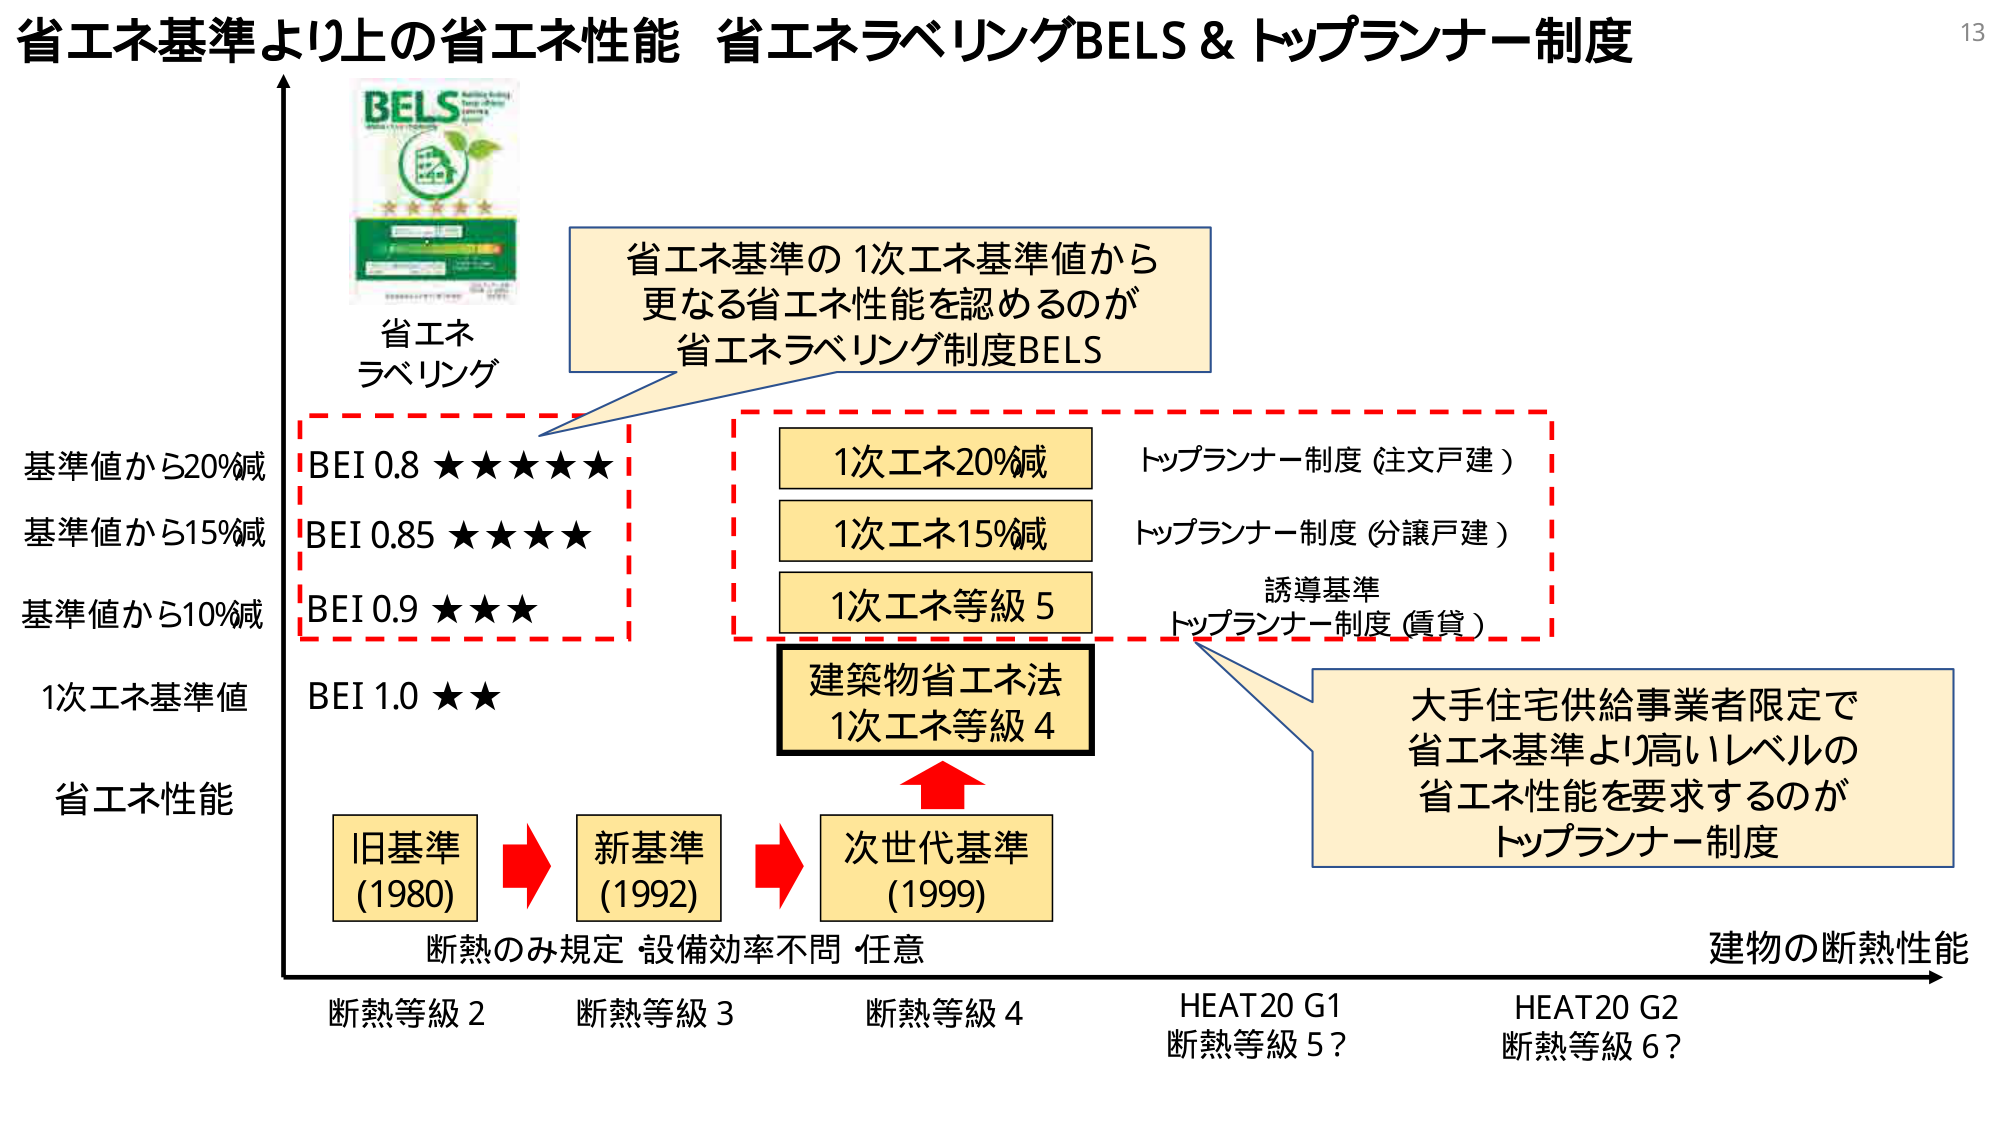
省エネ基準より上の省エネ性能 省エネラベリングBELS & トップランナー制度

BELS
省エネ
ラベリング

省エネ基準の1次エネ基準値から
更なる省エネ性能を認めるのが
省エネラベリング制度BELS

基準値から20%減 BEI 0.8 ★★★★★
基準値から15%減 BEI 0.85 ★★★★
基準値から10%減 BEI 0.9 ★★★
1次エネ基準値 BEI 1.0 ★★
省エネ性能

1次エネ20%減 トップランナー制度（注文戸建）
1次エネ15%減 トップランナー制度（分譲戸建）
1次エネ等級5 誘導基準
トップランナー制度（賃貸）

建築物省エネ法
1次エネ等級4

大手住宅供給事業者限定で
省エネ基準より高いレベルの
省エネ性能を要求するのが
トップランナー制度

旧基準 (1980) → 新基準 (1992) → 次世代基準 (1999)

断熱のみ規定 設備効率不問 任意

断熱等級2 断熱等級3 断熱等級4 HEAT20 G1 HEAT20 G2
断熱等級5？ 断熱等級6？

建物の断熱性能

13